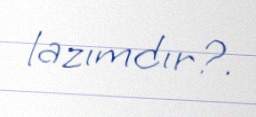
lazımdır?.